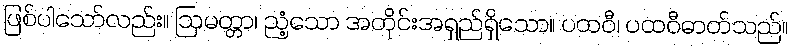
ဖြစ်ပါသော်လည်း။ ဩမတ္တာ၊ ညံ့သော အတိုင်းအရှည်ရှိသော။ ပထဝီ၊ ပထဝီဓာတ်သည်။